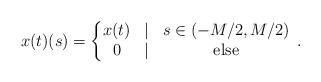
LaTeX: \begin{align*}x(t)(s) = \left\{ \begin{matrix} x(t) & \mid & s \in (-M/2,M/2) \\ 0 & \mid & \mbox{ else } \end{matrix} \right. \, .\end{align*}